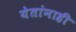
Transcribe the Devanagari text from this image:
येतांनाही